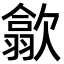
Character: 歙